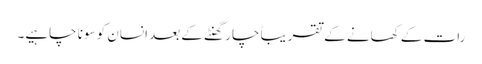
رات کے کھانے کے تقریباً چار گھنٹے کے بعد انسان کو سونا چاہیے۔